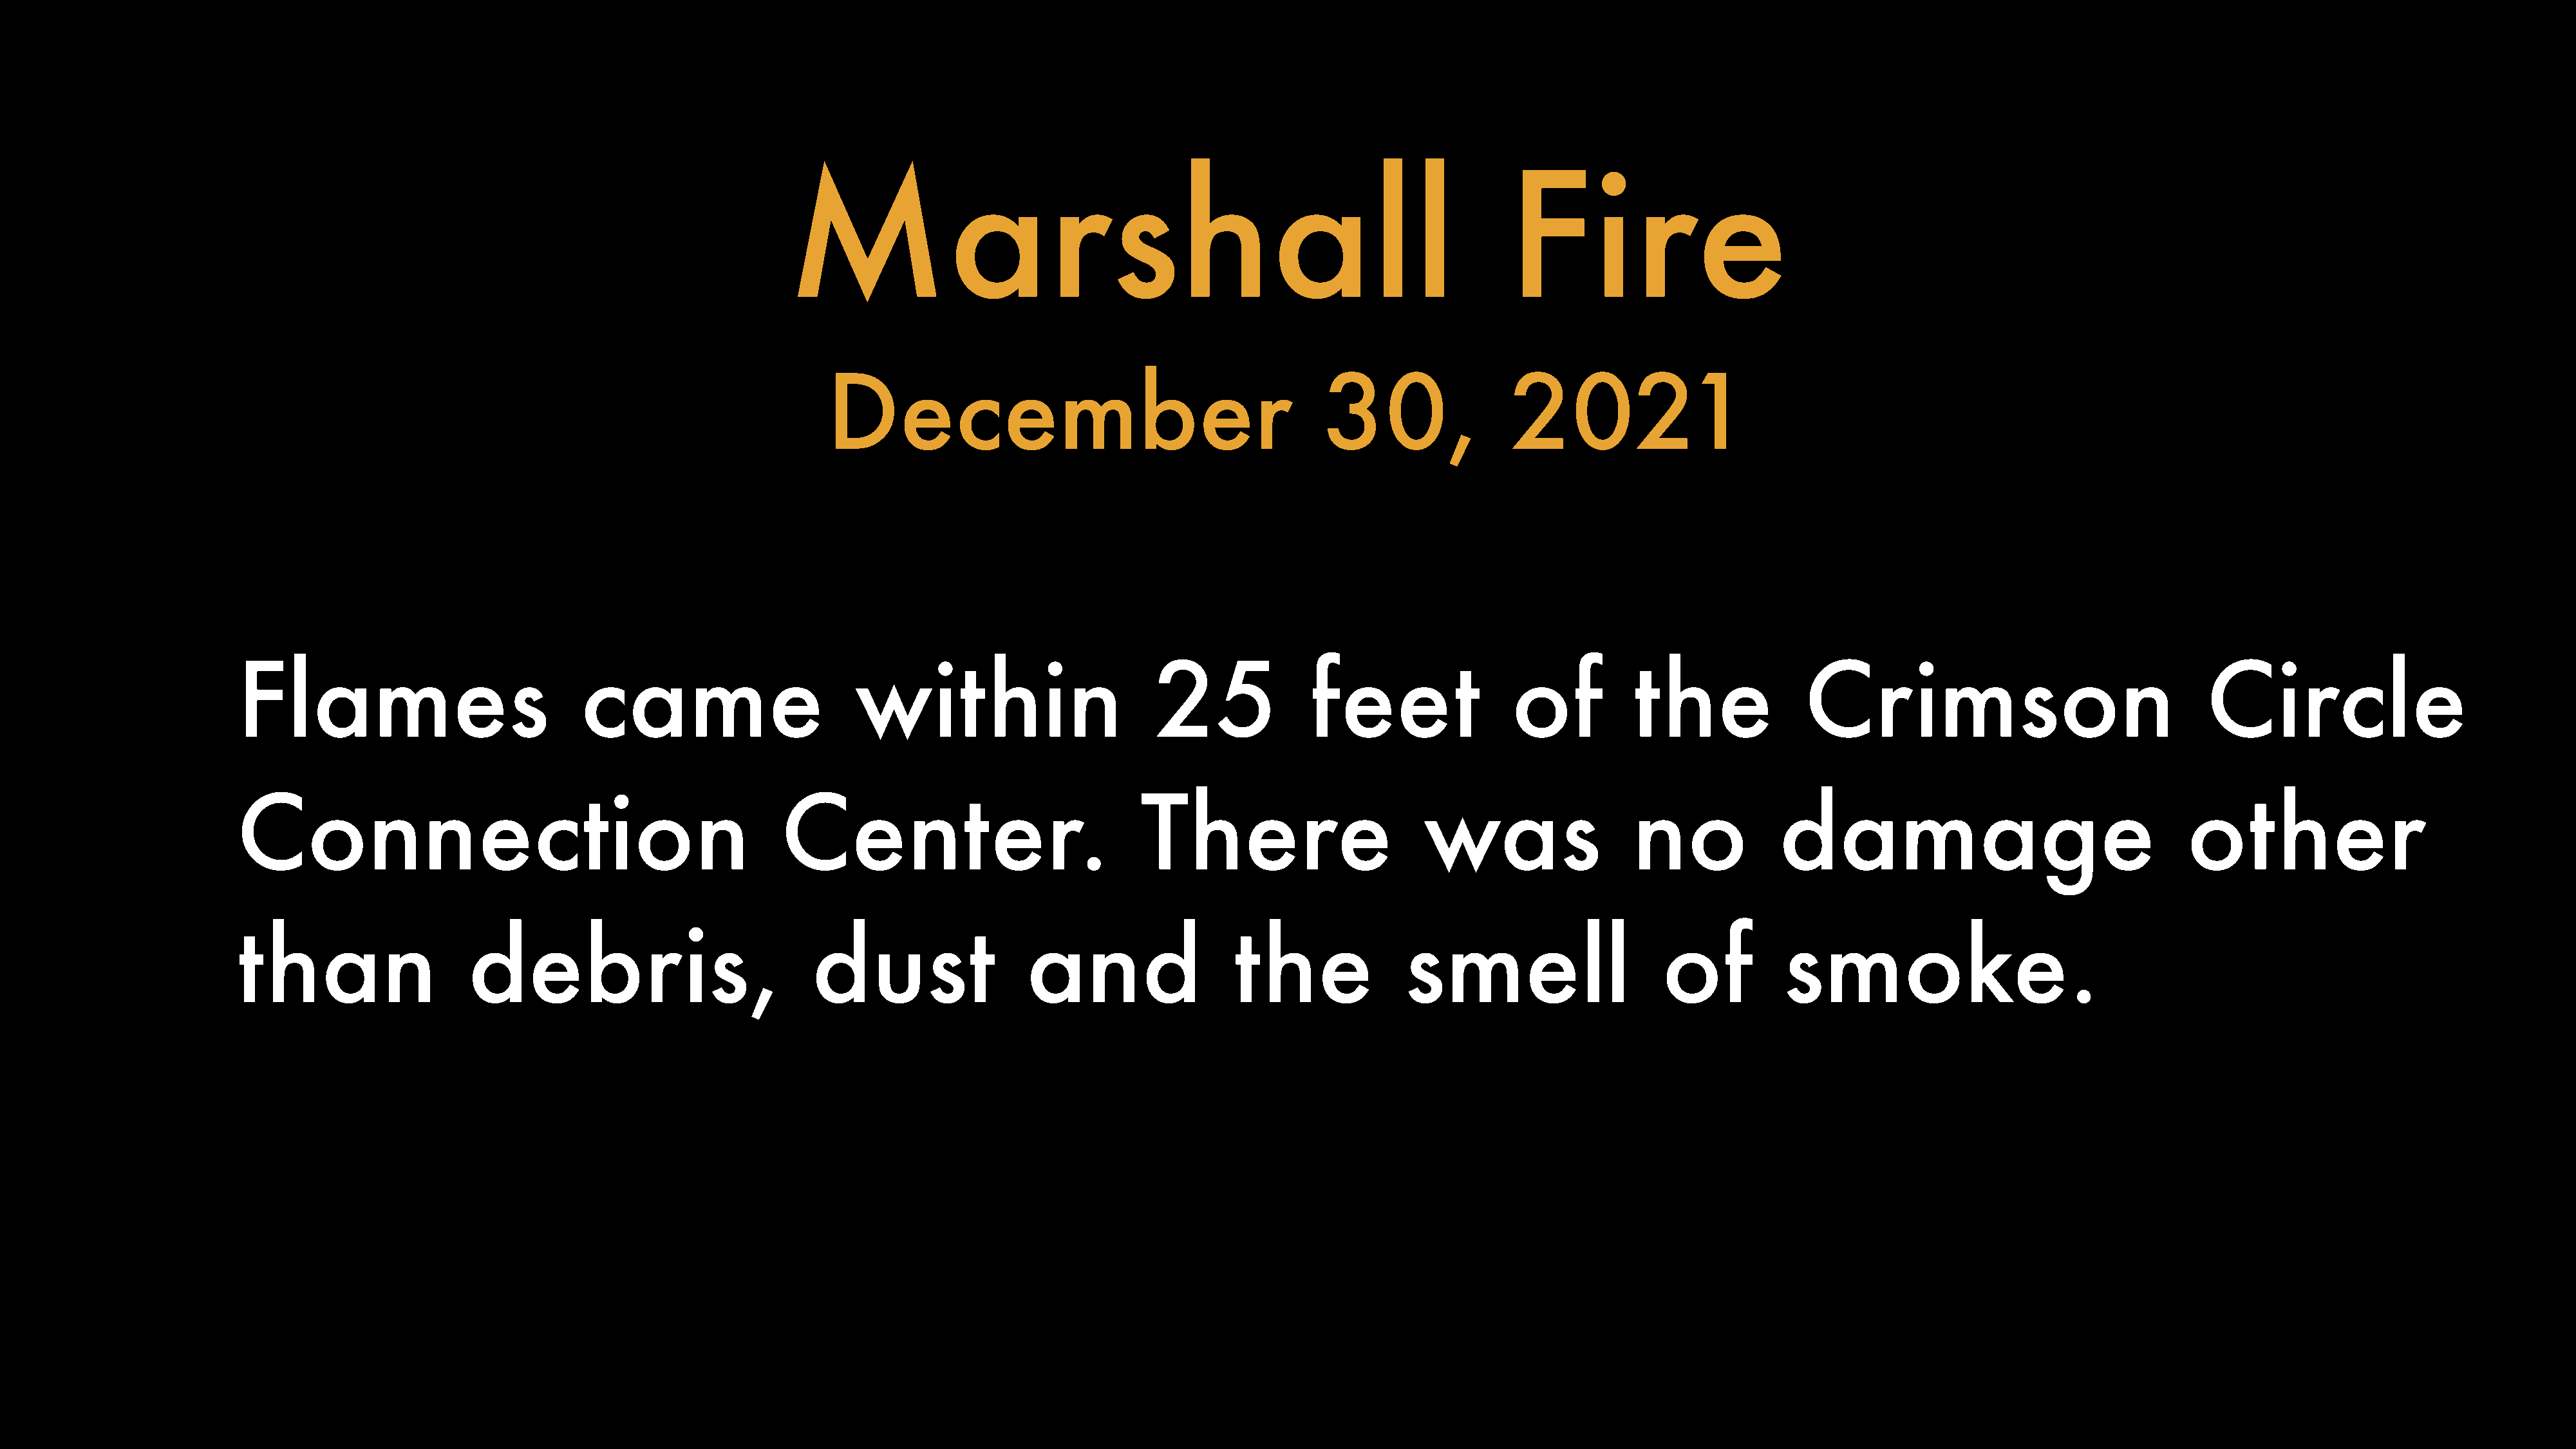
Marshall                                                                  Fire
 December                                           30,                2021
 Flames                              came                        within                         25              feet                of           the              Crimson                                   Circle
 Connection                                              Center.                              There                        was                   no             damage                                    other
 than                    debris,                            dust                  and                   the              smell                      of          smoke.